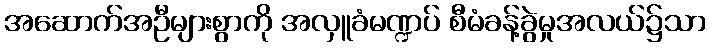
အဆောက်အဦများစွာကို အလှူခံမဏ္ဍပ် စီမံခန့်ခွဲမှုအလယ်၌သာ